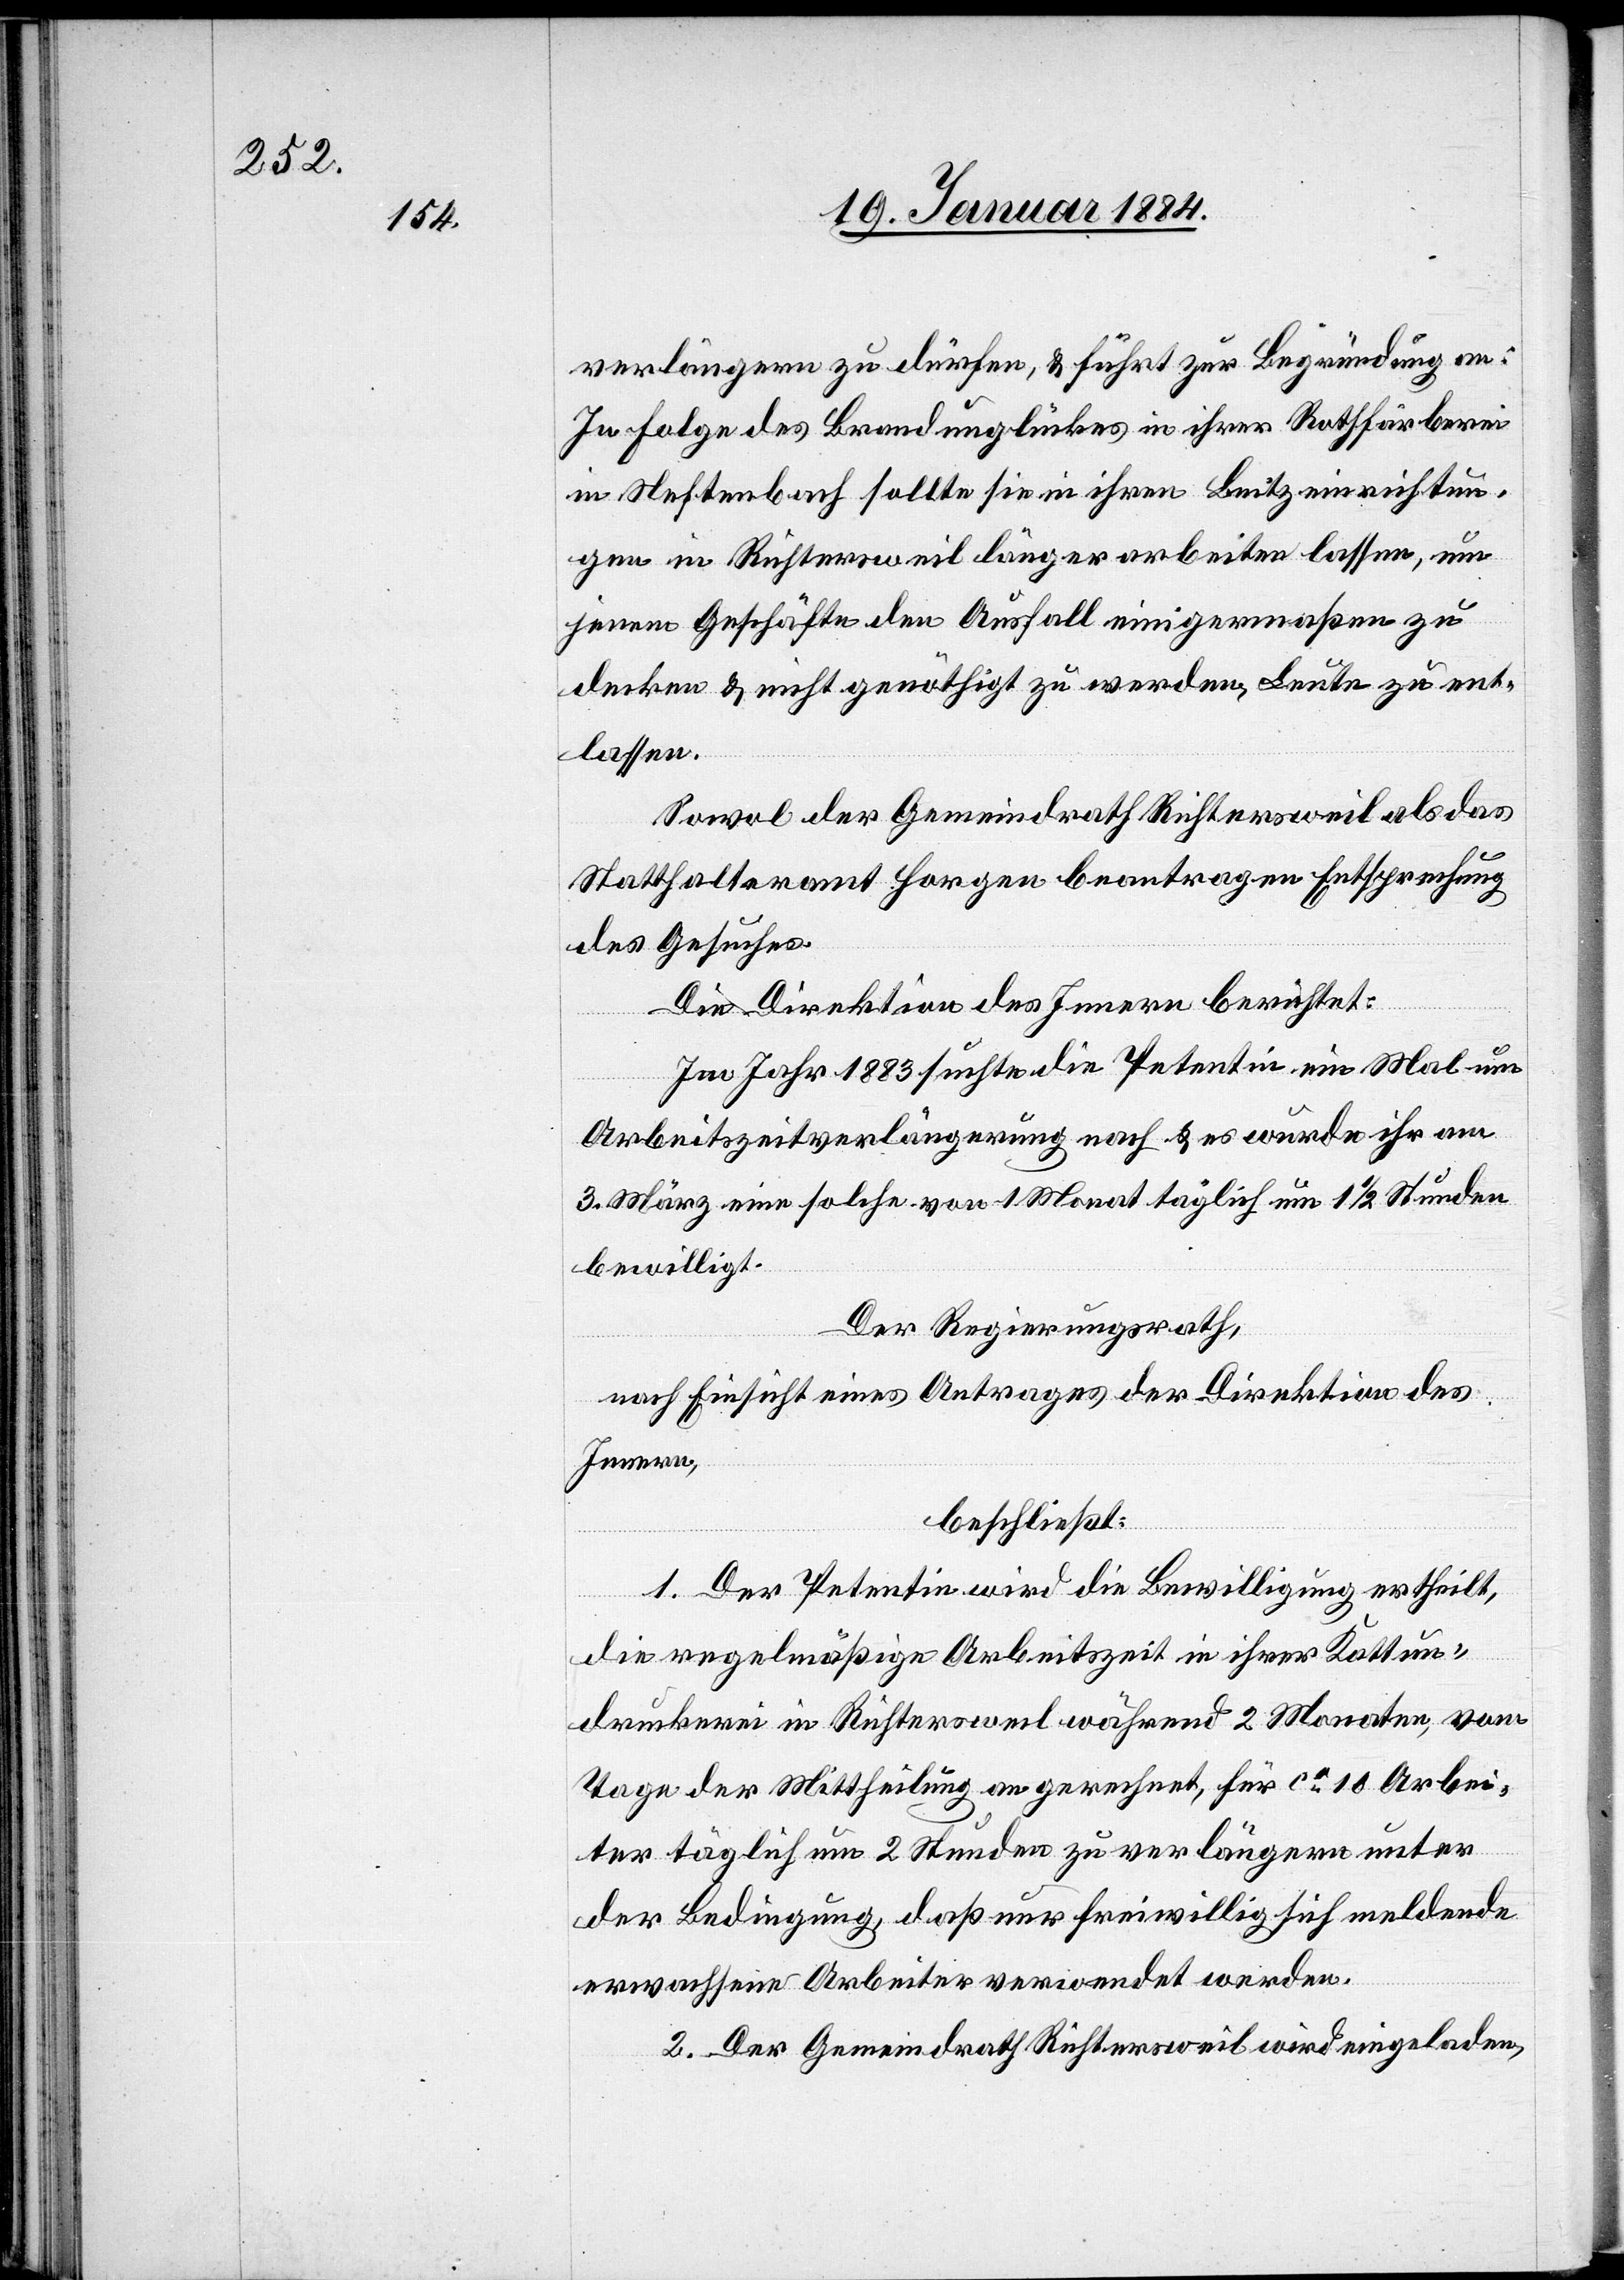
verlängern zu dürfen, & führt zur Begründung an:
In Folge des Brandunglückes in ihrer Rothfärberei
in Neftenbach sollte sie in ihren Beitzeinrichtun¬
gen in Richtersweil länger arbeiten lassen, um
jenem Geschäfte den Ausfall einigermaßen zu
decken & nicht genöthigt zu werden, Leute zu ent¬
lassen.
Sowol der Gemeindrath Richterweil als das
Statthalteramt Horgen beantragen Entsprechung
des Gesuches.
Die Direktion des Innern berichtet:
Im Jahr 1883 suchte die Petentin ein Mal um
Arbeitszeitverlängerung nach & es wurde ihr am
3. März eine solche von 1 Monat täglich um 1 1/2 Stunden
bewilligt.
Der Regierungsrath,
nach Einsicht eines Antrages der Direktion des
Innern,
beschließt:
1. Der Petentin wird die Bewilligung ertheilt,
die regelmäßige Arbeitszeit in ihrer Kattun¬
druckerei in Richtersweil während 2 Monaten, vom
Tage der Mittheilung an gerechnet, für ca 10 Arbei¬
ter täglich um 2 Stunden zu verlängern unter
der Bedingung, daß nur freiwillig sich meldende
erwachsene Arbeiter verwendet werden.
2. Der Gemeindrath Richtersweil wird eingeladen